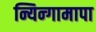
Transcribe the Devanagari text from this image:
न्यिन्गामापा